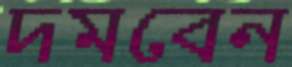
দমবেন